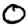
Digit: 0